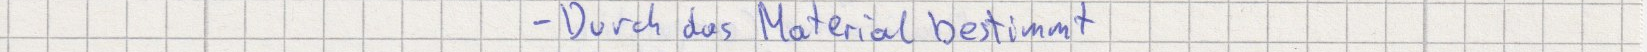
- Durch das Material bestimmt